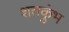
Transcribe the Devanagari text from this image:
शतकुंभ